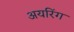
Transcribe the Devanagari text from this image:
अयरिंग